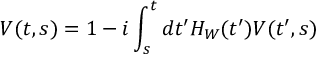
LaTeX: V ( t , s ) = 1 - i \int _ { s } ^ { t } d t ^ { \prime } H _ { W } ( t ^ { \prime } ) V ( t ^ { \prime } , s )